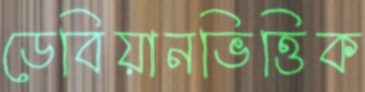
ডেবিয়ানভিত্তিক